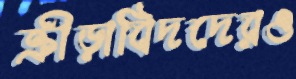
ক্রীড়াবিদদেরও